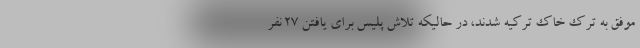
موفق به ترک خاک ترکیه شدند، در حالیکه تلاش پلیس برای یافتن ۲۷ نفر